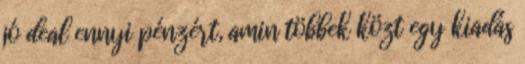
jó deal ennyi pénzért, amin többek közt egy kiadás